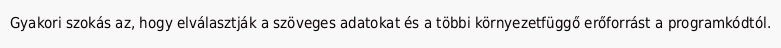
Gyakori szokás az, hogy elválasztják a szöveges adatokat és a többi környezetfüggő erőforrást a programkódtól.